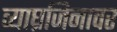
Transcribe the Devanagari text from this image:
व्याघ्रजिनावर